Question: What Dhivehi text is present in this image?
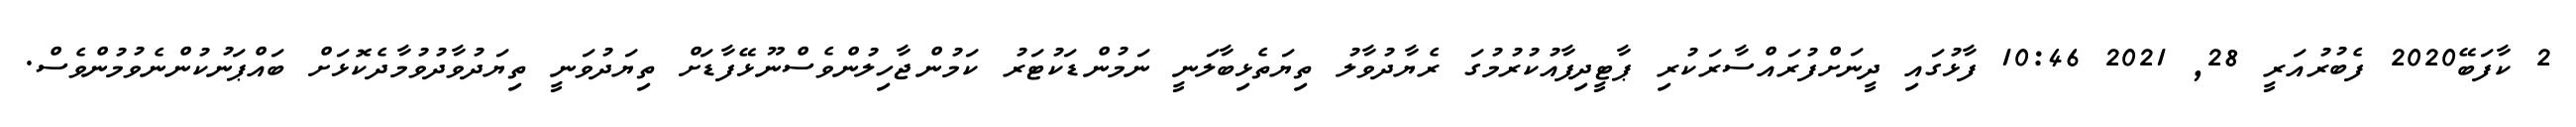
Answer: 2 ކާފަބޭ2020 ފެބުރުއަރީ 28, 2021 10:46 ފާޅުގައި ދީނަށްފުރައްސާރަކުރި ޕާޓީދިފާއުކުރުމުގަ ރެޔާދުވާލު ތިޔަތެޅިބާލަނީ ނަމުންޑަކުޓަރު ކަމުންޖާހިލުންވެސްނޫޅޭފާޑަށް ތިޔަދުވަނީ ތިޔަދުވާދުވުމާދެކޮޅަށް ބައްޕަނުކުންނެވުމުންވެސް.